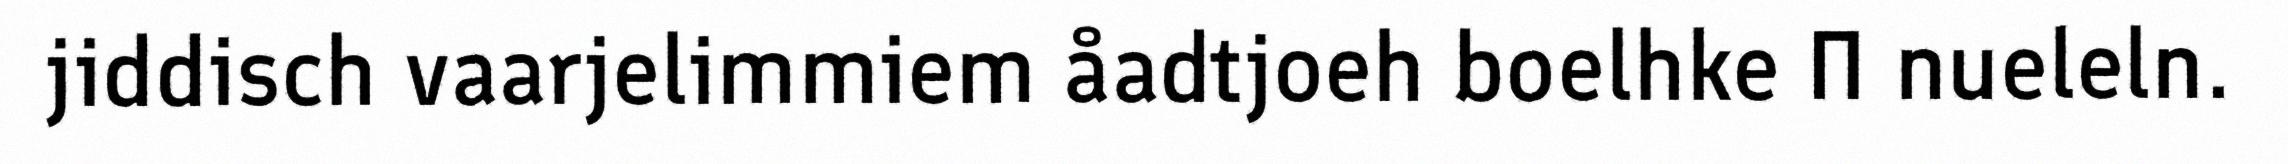
jiddisch vaarjelimmiem åadtjoeh boelhke П nueleln.